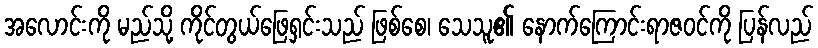
အလောင်းကို မည်သို့ ကိုင်တွယ်ဖြေရှင်းသည် ဖြစ်စေ၊ သေသူ၏ နောက်ကြောင်းရာဇဝင်ကို ပြန်လည်